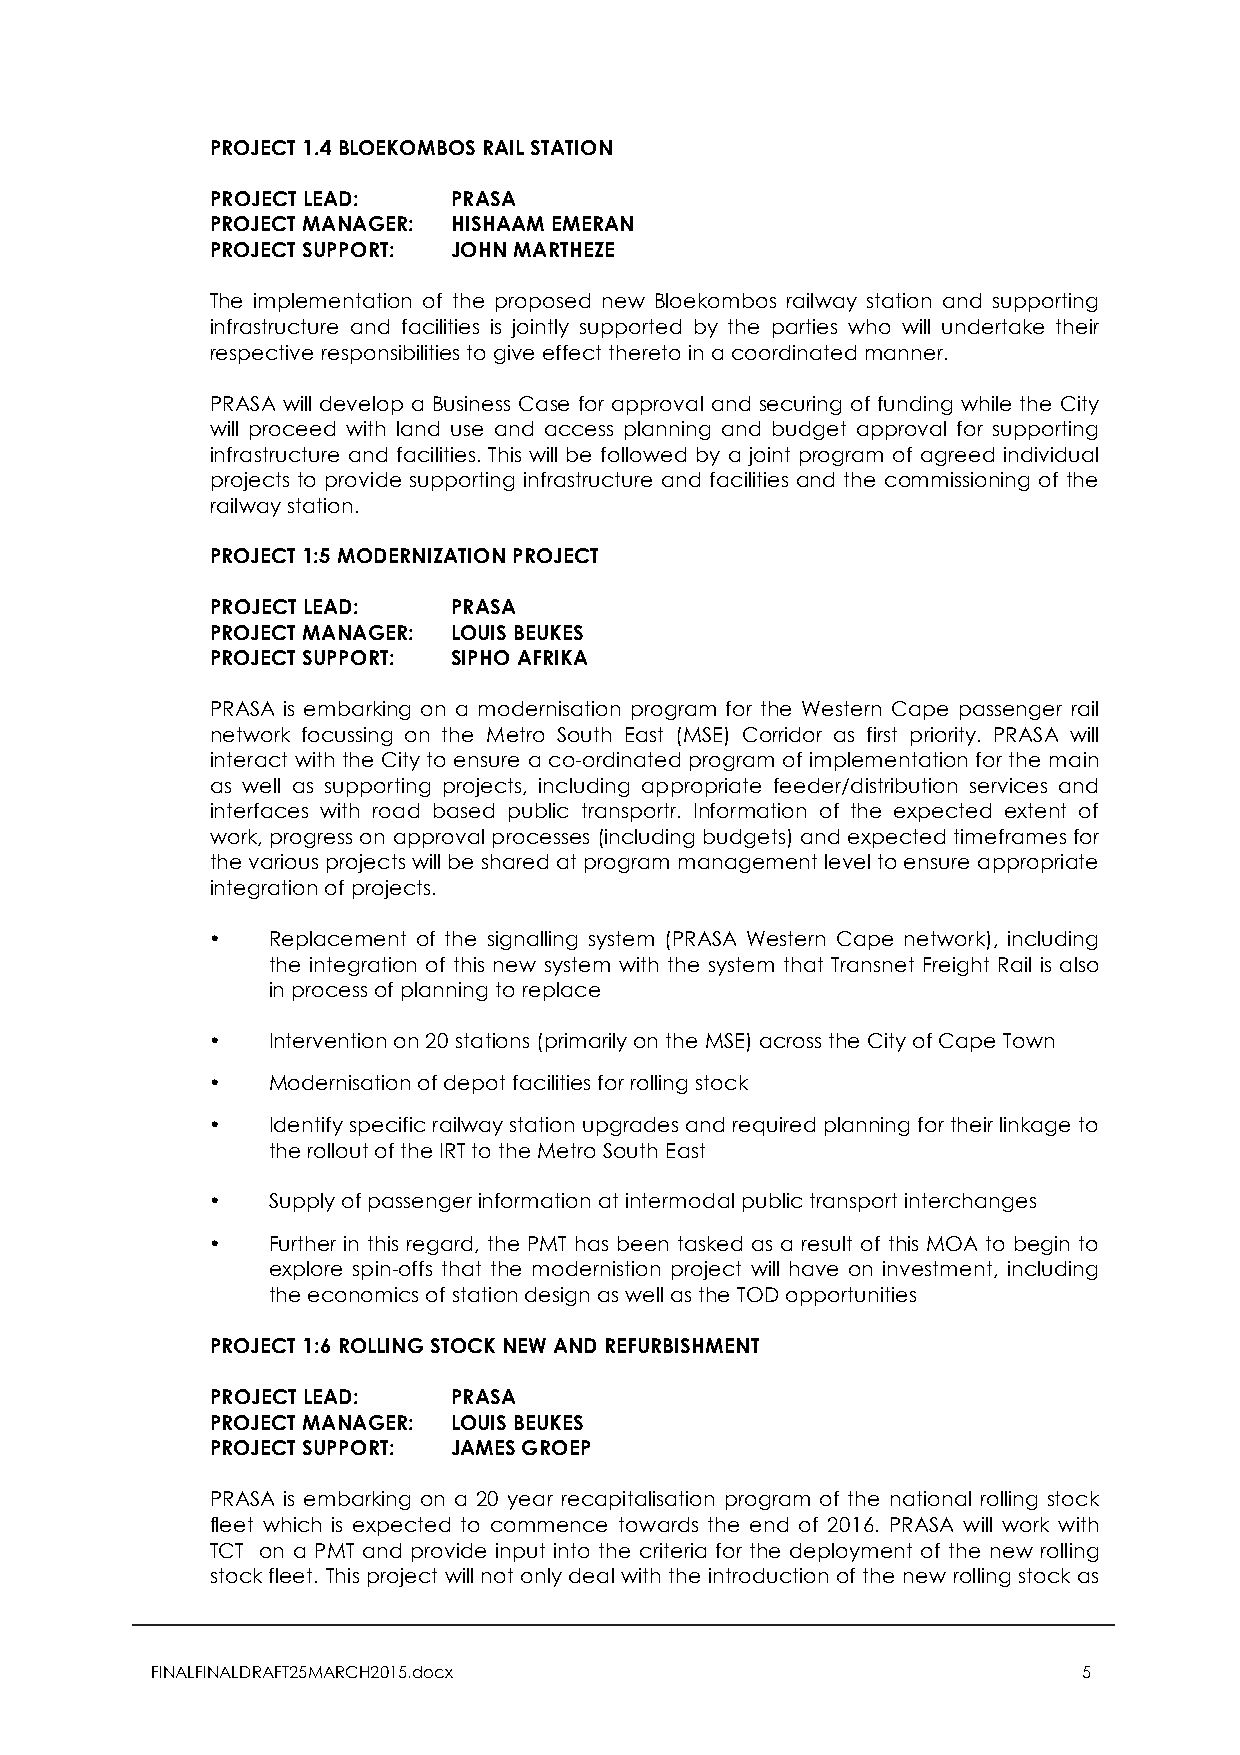
PROJECT 1.4 BLOEKOMBOS RAIL STATION
 PROJECT LEAD:   PRASA
 PROJECT MANAGER: HISHAAM EMERAN
 PROJECT SUPPORT: JOHN MARTHEZE
 The implementation of the proposed new Bloekombos railway station and supporting
 infrastructure and facilities is jointly supported by the parties who will undertake their
 respective responsibilities to give effect thereto in a coordinated manner.
 PRASA will develop a Business Case for approval and securing of funding while the City
 will proceed with land use and access planning and budget approval for supporting
 infrastructure and facilities. This will be followed by a joint program of agreed individual
 projects to provide supporting infrastructure and facilities and the commissioning of the
 railway station.
 PROJECT 1:5 MODERNIZATION PROJECT
 PROJECT LEAD:   PRASA
 PROJECT MANAGER: LOUIS BEUKES
 PROJECT SUPPORT: SIPHO AFRIKA
 PRASA is embarking on a modernisation program for the Western Cape passenger rail
 network focussing on the Metro South East (MSE) Corridor as first priority. PRASA will
 interact with the City to ensure a co-ordinated program of implementation for the main
 as well as supporting projects, including appropriate feeder/distribution services and
 interfaces with road based public transportr. Information of the expected extent of
 work, progress on approval processes (including budgets) and expected timeframes for
 the various projects will be shared at program management level to ensure appropriate
 integration of projects.
 •   Replacement of the signalling system (PRASA Western Cape network), including
 the integration of this new system with the system that Transnet Freight Rail is also
 in process of planning to replace
 •   Intervention on 20 stations (primarily on the MSE) across the City of Cape Town
 •   Modernisation of depot facilities for rolling stock
 •   Identify specific railway station upgrades and required planning for their linkage to
 the rollout of the IRT to the Metro South East
 •   Supply of passenger information at intermodal public transport interchanges
 •   Further in this regard, the PMT has been tasked as a result of this MOA to begin to
 explore spin-offs that the modernistion project will have on investment, including
 the economics of station design as well as the TOD opportunities
 PROJECT 1:6 ROLLING STOCK NEW AND REFURBISHMENT
 PROJECT LEAD:   PRASA
 PROJECT MANAGER: LOUIS BEUKES
 PROJECT SUPPORT: JAMES GROEP
 PRASA is embarking on a 20 year recapitalisation program of the national rolling stock
 fleet which is expected to commence towards the end of 2016. PRASA will work with
 TCT on a PMT and provide input into the criteria for the deployment of the new rolling
 stock fleet. This project will not only deal with the introduction of the new rolling stock as
 FINALFINALDRAFT25MARCH2015.docx                               5